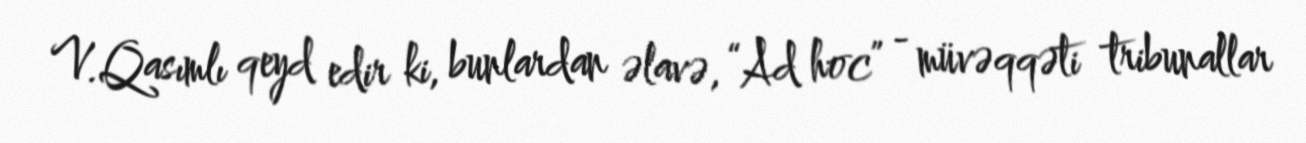
V.Qasımlı qeyd edir ki, bunlardan əlavə, “Ad hoc” - müvəqqəti tribunallar